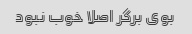
بوی برگر اصلا خوب نبود